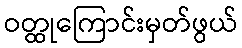
ဝတ္ထုကြောင်းမှတ်ဖွယ်